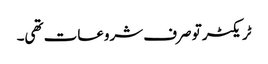
ٹریکٹر تو صرف شروعات تھی۔